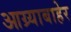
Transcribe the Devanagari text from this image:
आग्र्याबाहेर